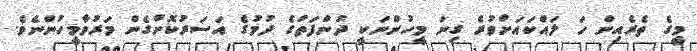
މީގެ ތެރެއިން ހަ ލައްކައަށްވުރެ ގިނަ މީހުންނަކީ ދުންފަތުގެ ދުމުގެ އަސަރުކޮށްގެން މަރުވާމީހުންނެވެ.